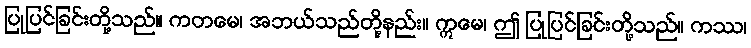
ပြုပြင်ခြင်းတို့သည်။ ကတမေ၊ အဘယ်သည်တို့နည်း။ ဣမေ၊ ဤ ပြုပြင်ခြင်းတို့သည်။ ကဿ၊